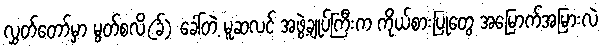
လွှတ်တော်မှာ မွတ်စလိ(ခ်) ခေါ်တဲ့ မူဆလင် အဖွဲ့ချုပ်ကြီးက ကိုယ်စားပြုတွေ အမြောက်အမြားလဲ